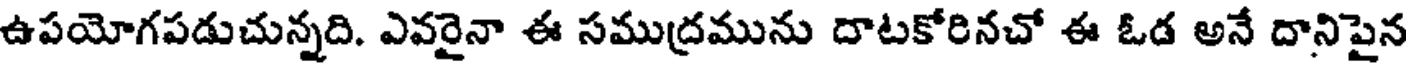
ఉపయోగపడుచున్నది. ఎవరైనా ఈ సముద్రమును దాటకోరినచో ఈ ఓడ అనే దానిపైన